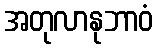
အတုလာနုဘာဝံ